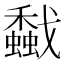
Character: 𢨡